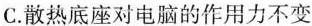
C.散热底座对电脑的作用力不变